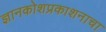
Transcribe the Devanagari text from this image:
ज्ञानकोशप्रकाशनाचा